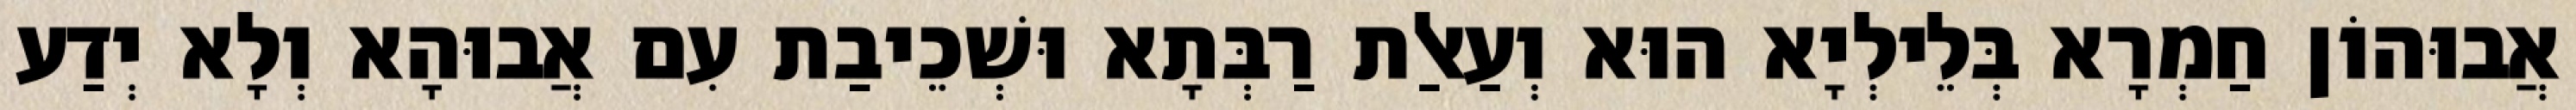
אֲבוּהוֹן חַמְרָא בְּלֵילְיָא הוּא וְעַאלַת רַבְּתָא וּשְׁכֵיבַת עִם אֲבוּהָא וְלָא יְדַע